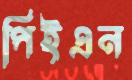
পিইএন